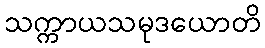
သက္ကာယသမုဒယောတိ